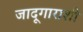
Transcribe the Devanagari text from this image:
जादूगाराशी